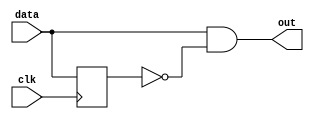
module positive_edge_detector(clk,data,out);
input clk,data;
output out;

reg data_d;
always@(posedge clk)
begin
data_d<=data;
end
assign out=data & ~data_d;
endmodule